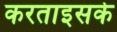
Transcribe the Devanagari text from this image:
करताइसके